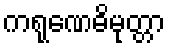
ကရုဏေဓိမုတ္တာ